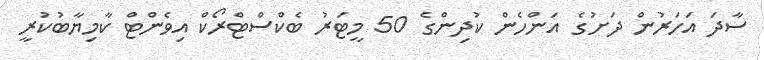
ސާދަ އަހަރުން ދަށުގެ އަންހެން ކުދިންގެ 50 މީޓަރު ބެކްސްޓްރޯކް އިވެންޓް ކާމިޔާބުކުރީ